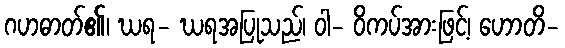
ဂဟဓာတ်၏၊ ဃရ- ဃရအပြုသည်၊ ဝါ- ဝိကပ်အားဖြင့်၊ ဟောတိ-